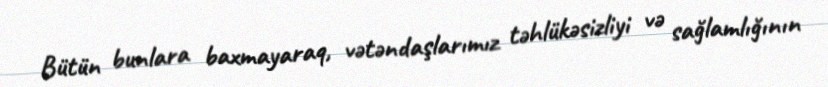
Bütün bunlara baxmayaraq, vətəndaşlarımız təhlükəsizliyi və sağlamlığının